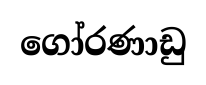
ගෝරණාඩු